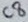
Text: C8